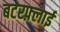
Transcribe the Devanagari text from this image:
बटरफ़्लाई